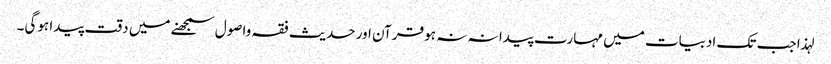
لہذا جب تک ادبیات میں مہارت پیدا نہ نہ ہو قرآن اور حدیث فقہ واصول سمجھنے میں دقت پیدا ہوگی۔